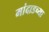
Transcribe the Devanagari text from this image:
मांदाडच्या